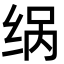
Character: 𮉨